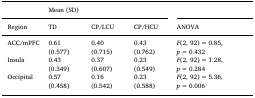
|  | <COLSPAN=3> Mean (SD) |  |
 | Region | TD | CP/LCU | CP/HCU | ANOVA |
 | --- | --- | --- | --- | --- |
 | ACC/mPFC | 0.61 (0.577) | 0.40 (0.715) | 0.43 (0.762) | F(2, 92) = 0.85, p = 0.432 |
 | Insula | 0.43 (0.349) | 0.37 (0.607) | 0.23 (0.549) | F(2, 92) = 1.28, p = 0.284 |
 | Occipital | 0.57 (0.458) | 0.16 (0.542) | 0.23 (0.588) | F(2, 92) = 5.36, p = 0.006⁎ |